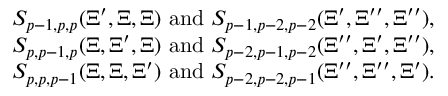
\begin{array} { r l } & { S _ { p - 1 , p , p } ( \Xi ^ { \prime } , \Xi , \Xi ) \mathrm { ~ a n d ~ } S _ { p - 1 , p - 2 , p - 2 } ( \Xi ^ { \prime } , \Xi ^ { \prime \prime } , \Xi ^ { \prime \prime } ) , } \\ & { S _ { p , p - 1 , p } ( \Xi , \Xi ^ { \prime } , \Xi ) \mathrm { ~ a n d ~ } S _ { p - 2 , p - 1 , p - 2 } ( \Xi ^ { \prime \prime } , \Xi ^ { \prime } , \Xi ^ { \prime \prime } ) , } \\ & { S _ { p , p , p - 1 } ( \Xi , \Xi , \Xi ^ { \prime } ) \mathrm { ~ a n d ~ } S _ { p - 2 , p - 2 , p - 1 } ( \Xi ^ { \prime \prime } , \Xi ^ { \prime \prime } , \Xi ^ { \prime } ) . } \end{array}